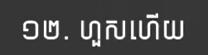
១២. ហួសហើយ